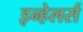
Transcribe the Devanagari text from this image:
इन्हेलर्स